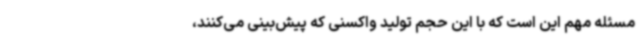
مسئله مهم این است که با این حجم تولید واکسنی که پیش‌بینی می‌کنند،